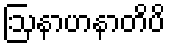
ဩနာဟနာတိပိ